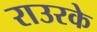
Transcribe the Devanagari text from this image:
राउरके